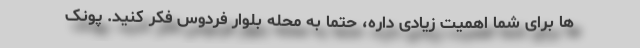
ها برای شما اهمیت زیادی داره، حتما به محله بلوار فردوس فکر کنید. پونک